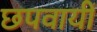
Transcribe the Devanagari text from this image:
छपवायीं